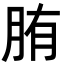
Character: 𦛒